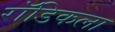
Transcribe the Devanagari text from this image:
रॉडिकला